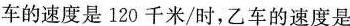
车的速度是120千米/时，乙车的速度是